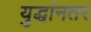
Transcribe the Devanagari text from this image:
युद्धांनतर